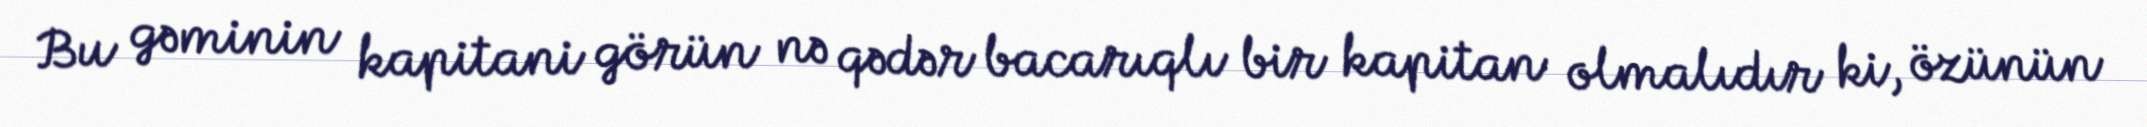
Bu gəminin kapitani görün nə qədər bacarıqlı bir kapitan olmalıdır ki, özünün